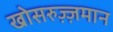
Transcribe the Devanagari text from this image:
खोसरुज़्ज़मान